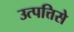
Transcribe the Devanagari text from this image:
उत्पत्तिसे